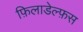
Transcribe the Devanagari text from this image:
फ़िलाडेल्फ़स